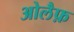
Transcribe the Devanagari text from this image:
ओलैफ़